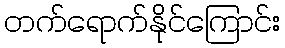
တက်ရောက်နိုင်ကြောင်း